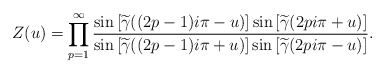
\begin{align*}Z(u)=\prod_{p=1}^{\infty}\frac{\sin\left[\widetilde{\gamma}((2p-1)i\pi -u)\right]\sin\left[\widetilde{\gamma}(2pi\pi +u)\right]}{\sin\left[\widetilde{\gamma}((2p-1)i\pi +u)\right]\sin\left[\widetilde{\gamma}(2pi\pi - u)\right]}.\end{align*}